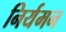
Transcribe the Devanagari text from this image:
निर्यमन